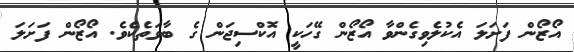
އޯޒޯން ފަށަލަ އެކުލެވިގެންވާ އޯޒޯން ގޭހަކީ އޮކްސިޖަން ގެ ބާވަތެކެވެ. އޯޒޯން ފަށަލަ